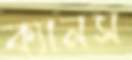
ক্যানস